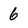
Character: 6